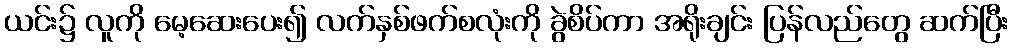
ယင်း၌ လူကို မေ့ဆေးပေး၍ လက်နှစ်ဖက်စလုံးကို ခွဲစိပ်ကာ အရိုးချင်း ပြန်လည်တွေ ဆက်ပြီး